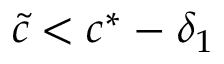
\tilde { c } < c ^ { * } - \delta _ { 1 }